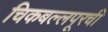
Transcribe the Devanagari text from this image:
चिकबल्लपूरची